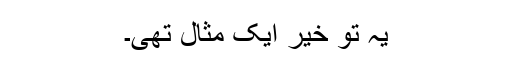
یہ تو خیر ایک مثال تھی۔